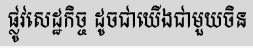
ផ្លូវសេដ្ឋកិច្ច ដូចជាយើងជាមួយចិន